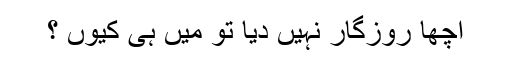
اچھا روزگار نہیں دیا تو میں ہی کیوں ؟